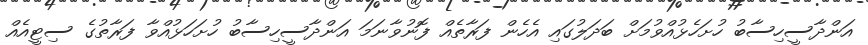
އަންދާސީހިސާބު ހުށަހެޅުއްވުމަށް ބަދަލުގައި އެހެން ފަރާތެއް ފޮނުވާނަމަ އަންދާސީހިސާބު ހުށަހަޅުއްވާ ފަރާތުގެ ސިޓީއެއް